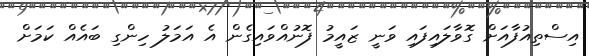
އިސްތިއުފާއަށް ގޮވާލައިފައި ވަނީ ޒައީމު ފޮނުއްވައިގެން އެ އަމަލު ހިންގި ބައެއް ކަމަށް